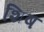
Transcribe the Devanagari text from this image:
शिष